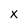
Character: X